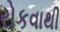
રોકવાથી